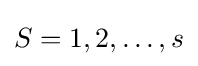
S={1,2,\ldots ,s}